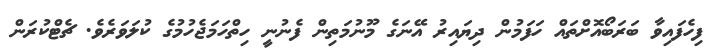
ފިހެފައިވާ ބަރަބޯއޮށްތައް ހަފަމުން ދިޔައިރު އޭނަގެ މޫނުމަތިން ފެނުނީ ހިތްހަމަޖެހުމުގެ ކުލަވަރެވެ. ޗެޓްކުރަން